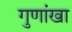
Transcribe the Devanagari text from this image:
गुणांखा